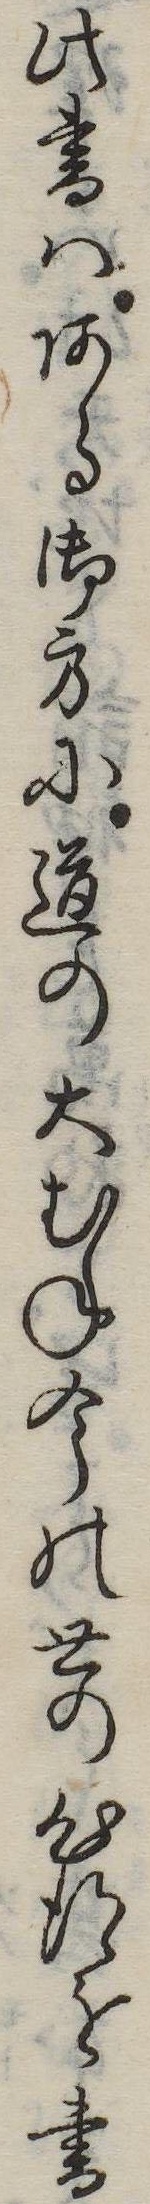
此書はある御方に道の大むね今の世の心得を書